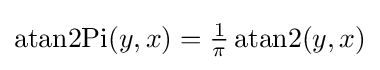
\operatorname {atan2Pi} (y,x)={\tfrac {1}{\pi }}\operatorname {atan2} (y,x)